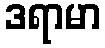
ဒရာမာ